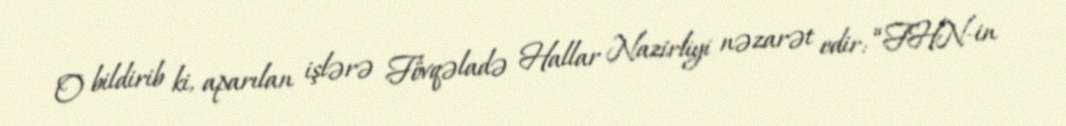
O bildirib ki, aparılan işlərə Fövqəladə Hallar Nazirliyi nəzarət edir: “FHN-in